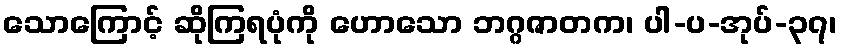
သောကြောင့် ဆိုကြရပုံကို ဟောသော ဘဂ္ဂဇာတက၊ ပါ-ပ-အုပ်-၃၇၊